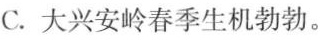
C.大兴安岭春季生机勃勃。